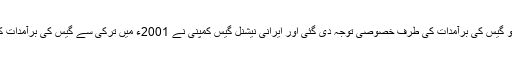
تفصیلات کے مطابق ایران میں 2000ء کو گیس کی برآمدات کی طرف خصوصی توجہ دی گئی اور ایرانی نیشنل گیس کمپنی نے 2001ء میں ترکی سے گیس کی برآمدات کیلئے ایک 25 سالہ معاہدے پر دستخط کیا۔